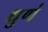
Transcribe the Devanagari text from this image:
धुणं